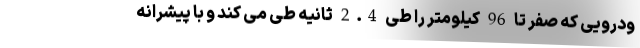
ودرویی که صفر تا 96 کیلومتر را طی 2.4 ثانیه طی می کند و با پیشرانه